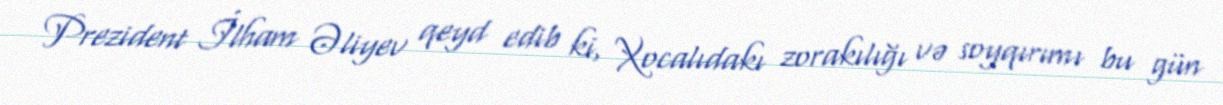
Prezident İlham Əliyev qeyd edib ki, Xocalıdakı zorakılığı və soyqırımı bu gün